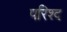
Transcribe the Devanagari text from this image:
परिश्द